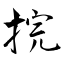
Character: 捖